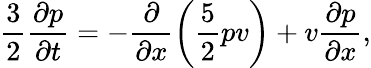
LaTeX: \frac{3}{2}\frac{\partial p}{\partial t}=-\frac{\partial}{\partial x}\left(\frac{5}{2}pv\right)+v\frac{\partial p}{\partial x},